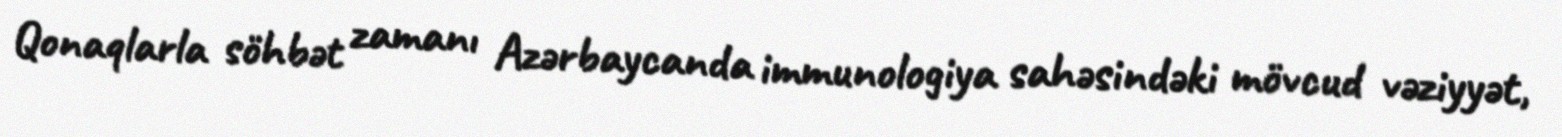
Qonaqlarla söhbət zamanı Azərbaycanda immunologiya sahəsindəki mövcud vəziyyət,